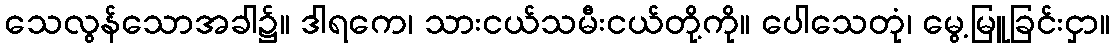
သေလွန်သောအခါ၌။ ဒါရကေ၊ သားငယ်သမီးငယ်တို့ကို။ ပေါသေတုံ၊ မွေ့မြူခြင်းငှာ။